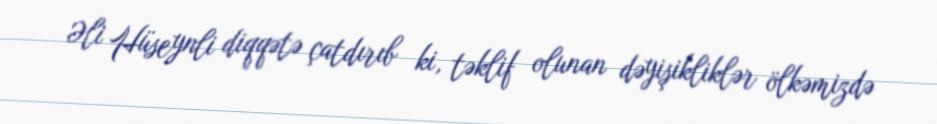
Əli Hüseynli diqqətə çatdırıb ki, təklif olunan dəyişikliklər ölkəmizdə